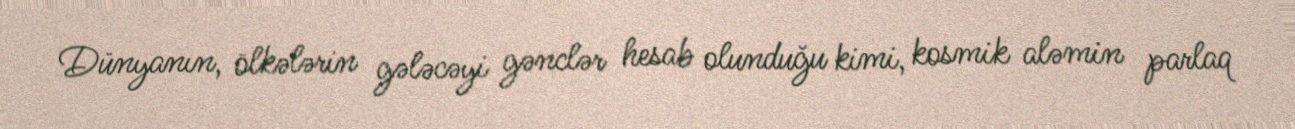
Dünyanın, ölkələrin gələcəyi gənclər hesab olunduğu kimi, kosmik aləmin parlaq